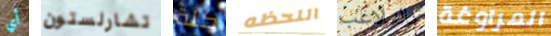
أي تشارلستون كلة اللحظه بالتلاعب المراوغة